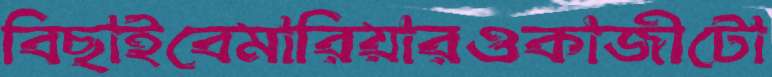
বিছাইবেমারিয়ারওকাজীটো